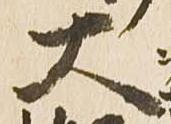
大